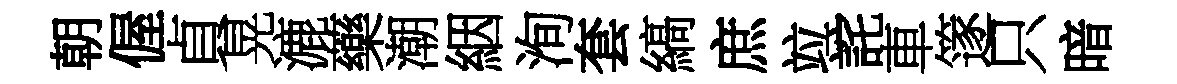
朝偓貞晃漉藥潮絪洵套縞庶竝詫車篴只暗